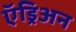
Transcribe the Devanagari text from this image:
ऍड्रिअन